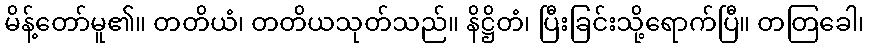
မိန့်တော်မူ၏။ တတိယံ၊ တတိယသုတ်သည်။ နိဋ္ဌိတံ၊ ပြီးခြင်းသို့ရောက်ပြီ။ တတြခေါ၊